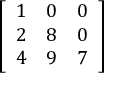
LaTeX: \left[ \begin{array} { l l l } { 1 } & { 0 } & { 0 } \\ { 2 } & { 8 } & { 0 } \\ { 4 } & { 9 } & { 7 } \end{array} \right]